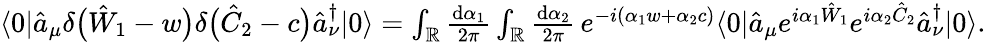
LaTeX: \begin{array}{r}{\langle 0|\hat{a}_{\mu}\delta\bigl(\hat{W}_{1}-w\bigr)\delta\bigl(\hat{C}_{2}-c\bigr)\hat{a}_{\nu}^{\dagger}|0\rangle=\int_{\mathbb{R}}\frac{\mathrm{d}\alpha_{1}}{2\pi}\int_{\mathbb{R}}\frac{\mathrm{d}\alpha_{2}}{2\pi}\, e^{-i\left(\alpha_{1}w+\alpha_{2}c\right)}\langle 0|\hat{a}_{\mu}e^{i\alpha_{1}\hat{W}_{1}}e^{i\alpha_{2}\hat{C}_{2}}\hat{a}_{\nu}^{\dagger}|0\rangle.}\end{array}